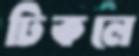
ঢিকলে